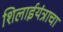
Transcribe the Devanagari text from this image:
शिलाईयंत्राचा